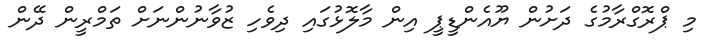
މި ޕްރޮގްރާމުގެ ދަށުން ޔޫއެންޑީޕީ އިން މާލޮޅުގައި ދިވެހި ޒުވާނުންނަށް ތަމްރީން ދޭން